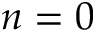
n = 0